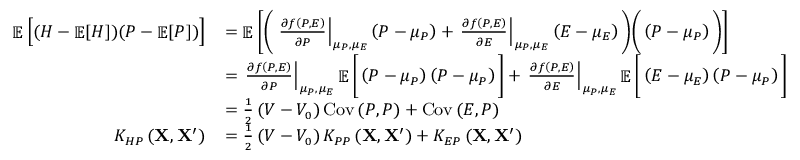
\small \begin{array} { r l } { \mathop { \mathbb { E } } \Big [ ( H - \mathop { \mathbb { E } } [ H ] ) ( P - \mathop { \mathbb { E } } [ P ] ) \Big ] } & { = \mathop { \mathbb { E } } \bigg [ \bigg ( \left. \frac { \partial f \left( P , E \right) } { \partial P } \right| _ { \mu _ { P } , \mu _ { E } } \left( P - \mu _ { P } \right) + \left. \frac { \partial f \left( P , E \right) } { \partial E } \right| _ { \mu _ { P } , \mu _ { E } } \left( E - \mu _ { E } \right) \bigg ) \bigg ( \left( P - \mu _ { P } \right) \bigg ) \bigg ] } \\ & { = \left. \frac { \partial f \left( P , E \right) } { \partial P } \right| _ { \mu _ { P } , \mu _ { E } } \mathop { \mathbb { E } } \bigg [ \left( P - \mu _ { P } \right) \left( P - \mu _ { P } \right) \bigg ] + \left. \frac { \partial f \left( P , E \right) } { \partial E } \right| _ { \mu _ { P } , \mu _ { E } } \mathop { \mathbb { E } } \bigg [ \left( E - \mu _ { E } \right) \left( P - \mu _ { P } \right) \bigg ] } \\ & { = \frac { 1 } { 2 } \left( V - V _ { 0 } \right) \operatorname { C o v } \left( P , P \right) + \operatorname { C o v } \left( E , P \right) } \\ { K _ { H P } \left( \mathbf { X } , \mathbf { X } ^ { \prime } \right) } & { = \frac { 1 } { 2 } \left( V - V _ { 0 } \right) K _ { P P } \left( \mathbf { X } , \mathbf { X } ^ { \prime } \right) + K _ { E P } \left( \mathbf { X } , \mathbf { X } ^ { \prime } \right) } \end{array}